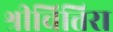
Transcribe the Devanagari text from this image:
श्रीचित्तिरा